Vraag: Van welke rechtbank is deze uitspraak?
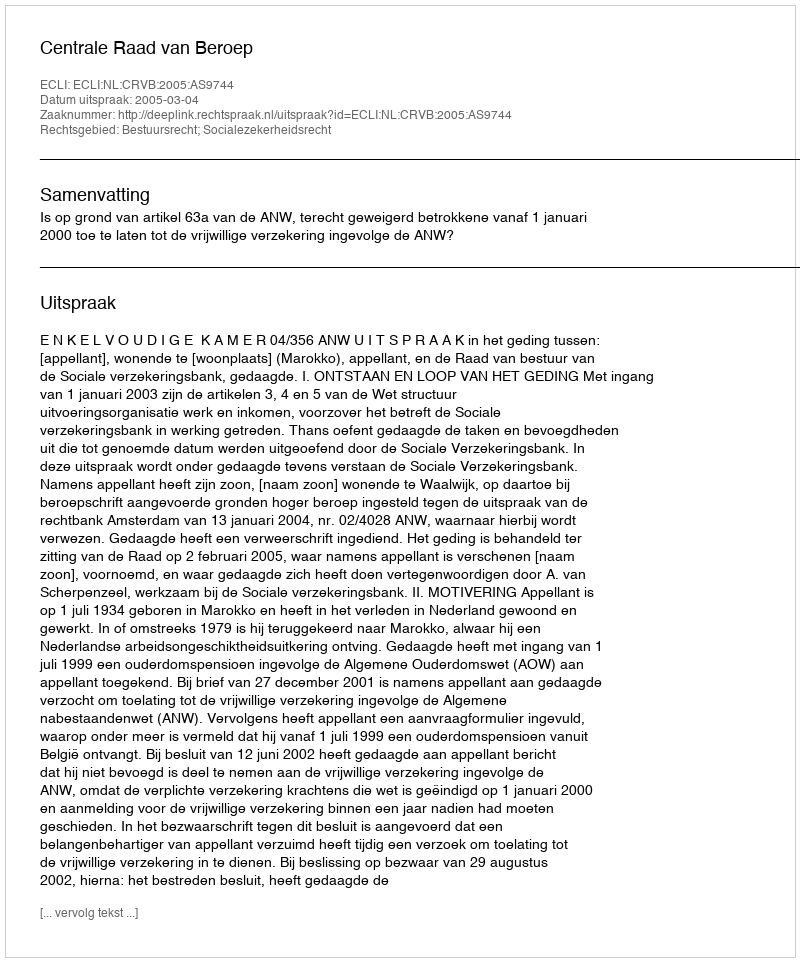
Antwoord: Centrale Raad van Beroep